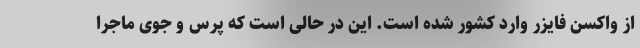
از واکسن فایزر وارد کشور شده است. این در حالی است که پرس و جوی ماجرا